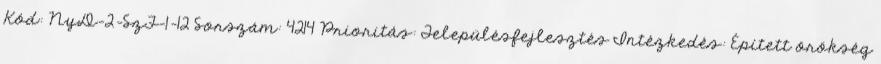
Kód: NyD-2-SzF-1-12 Sorszám: 4214 Prioritás: Településfejlesztés Intézkedés: Épített örökség